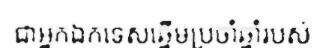
ជាអ្នកឯកទេសឆ្នើមប្រចាំឆ្នាំរបស់